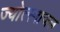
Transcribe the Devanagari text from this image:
ज्योत्स्नाजल